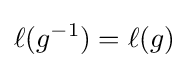
\ell (g^{-1})=\ell (g)